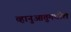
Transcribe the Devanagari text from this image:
व्हानुआतुमधील